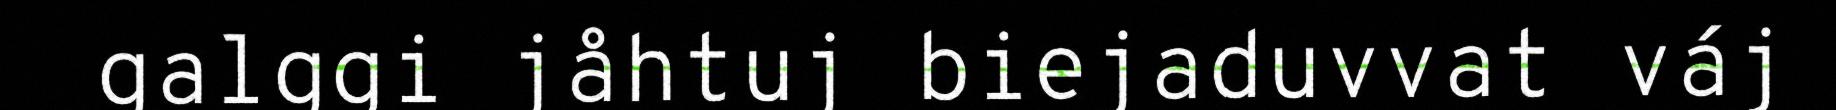
galggi jåhtuj biejaduvvat váj